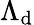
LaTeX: \Lambda_{\mathrm{d}}